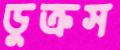
ডুক্‌রস